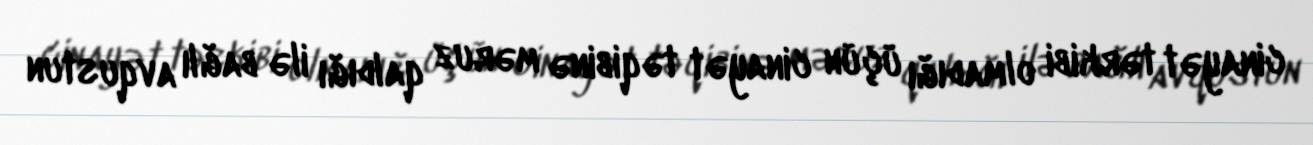
cinayət tərkibi olmadığı üçün cinayət təqibinə məruz qaldığı ilə bağlı avqustun